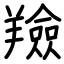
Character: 羷